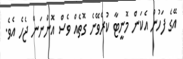
އޭގެ ފަހުން އެކަން މޮނީޓާ ކުރެވޭނެ ގޮތެއް ވެސް އޮންްނަން ޖެހެ އެވެ.